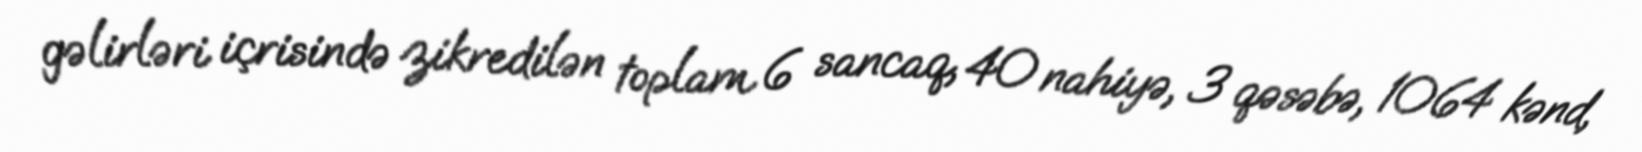
gəlirləri içrisində zikredilən toplam 6 sancaq, 40 nahiyə, 3 qəsəbə, 1064 kənd,